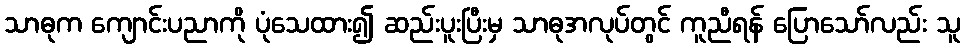
သာဓုက ကျောင်းပညာကို ပုံသေထား၍ ဆည်းပူးပြီးမှ သာဓုအလုပ်တွင် ကူညီရန် ပြောသော်လည်း သူ